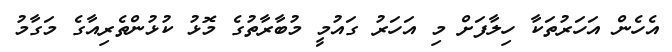
އެހެން އަހަރުތަކާ ހިލާފަށް މި އަހަރު ގައުމީ މުބާރާތުގެ މޮޅު ކުޅުންތެރިއާގެ މަގާމު